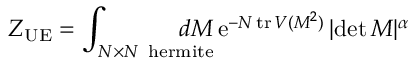
Z _ { \mathrm { U E } } = \int _ { N \times N \, \mathrm { \scriptsize ~ h e r m i t e } } \! \! \! \! \! \! \! \! \! \! d M \, \mathrm { e } ^ { - N \, \mathrm { t r } \, V ( M ^ { 2 } ) } \, | \mathrm { d e t } \, M | ^ { \alpha }